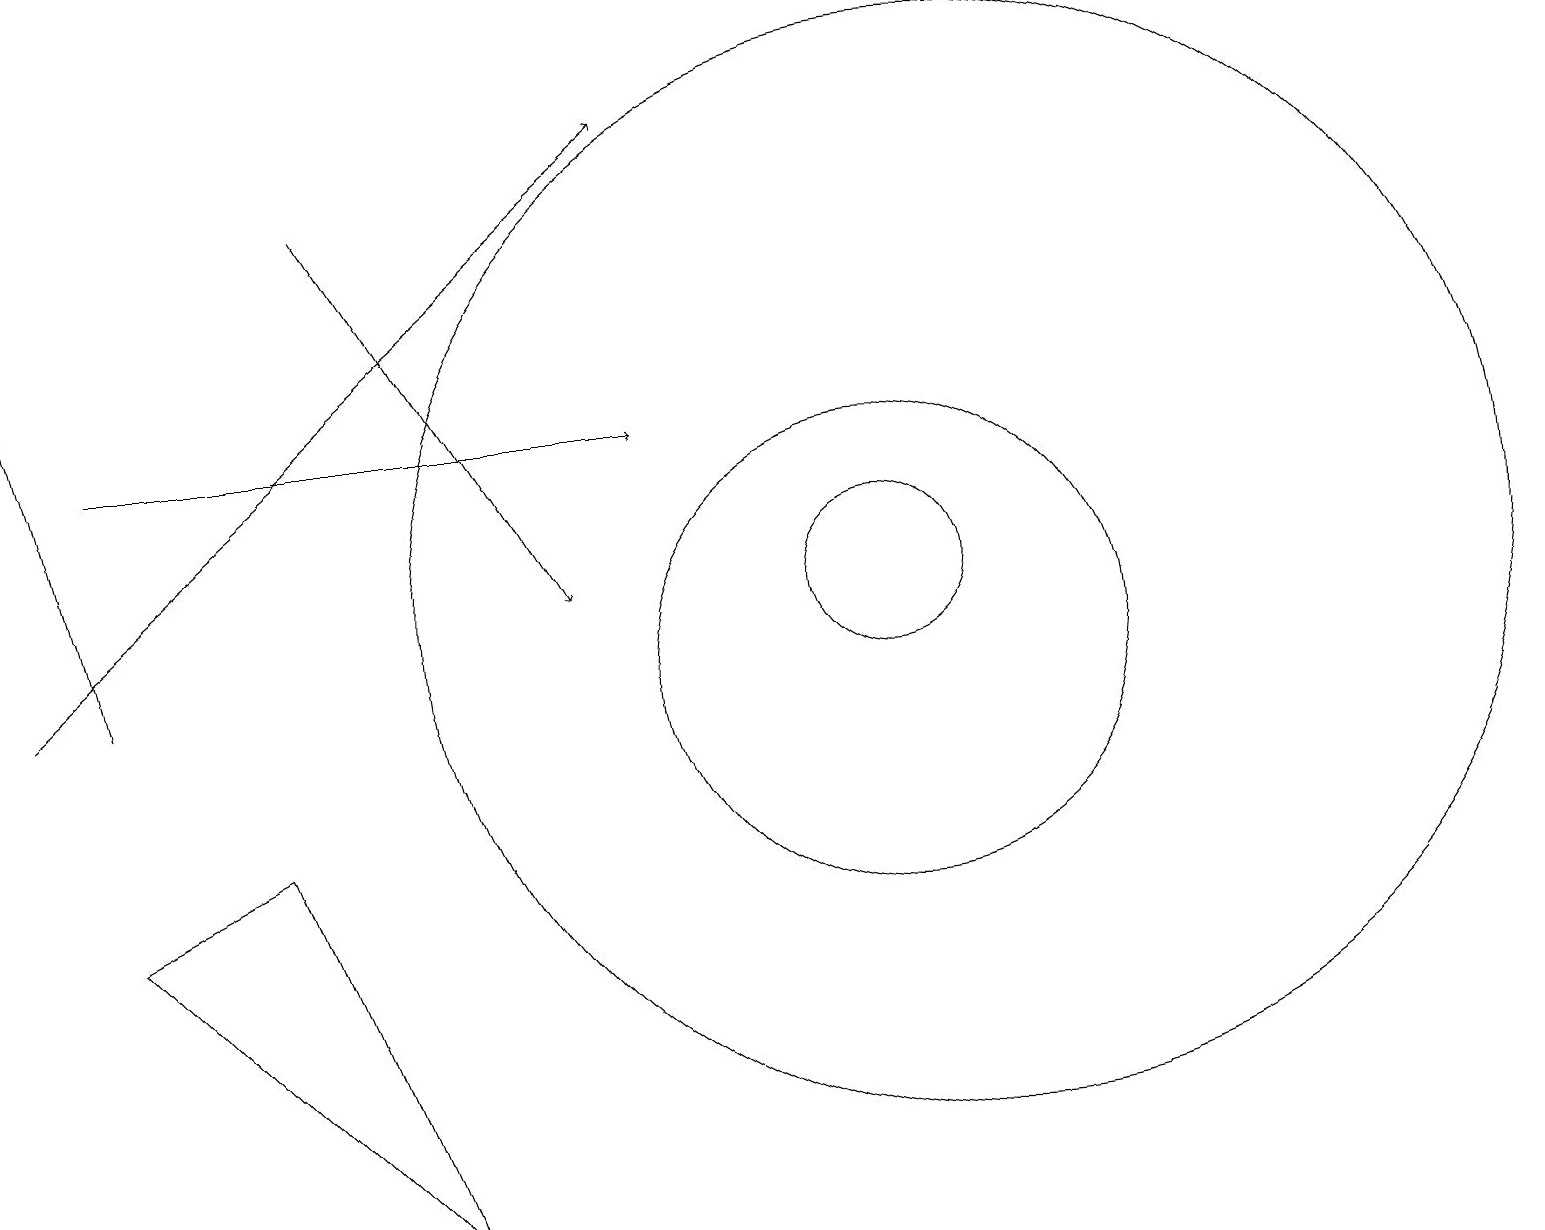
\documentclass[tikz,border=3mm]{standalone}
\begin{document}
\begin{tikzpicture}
\draw (12,11) circle (7);
\draw[->] (1,13) -- (8,13);
\draw[->] (0,10) -- (8,17);
\draw[->] (4,16) -- (7,11);
\draw[->] (1,10) -- (0,14);
\draw (3,8) -- (5,3) -- (1,7) -- cycle;
\draw (11,10) circle (3);
\draw (11,11) circle (1);
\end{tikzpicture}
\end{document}